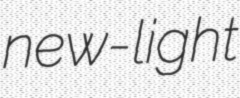
new-light